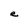
Character: e